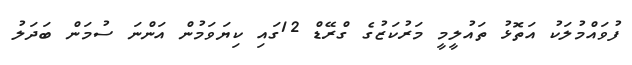
ފުވައްމުލަކު އަތޮޅު ތައުލީމީ މަރުކަޒުގެ ގްރޭޑް 12ގައި ކިޔަވަމުން އަންނަ ސުމަން ބަދަލު